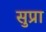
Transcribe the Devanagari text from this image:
सुप्रा